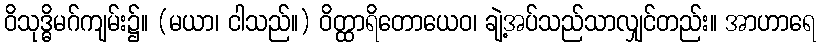
ဝိသုဒ္ဓိမဂ်ကျမ်း၌။ (မယာ၊ ငါသည်။) ဝိတ္ထာရိတောယေဝ၊ ချဲ့အပ်သည်သာလျှင်တည်း။ အာဟာရေ